Indian journal of veterinary science and animal husbandry - Volume 2,
Year: 1932
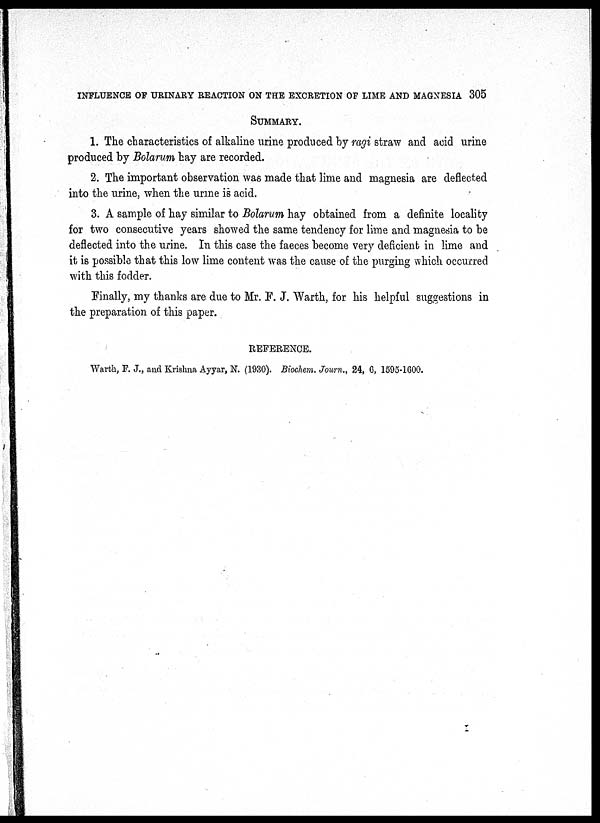
INFLUENCE OF URINARY REACTION ON THE EXCRETION OF LIME AND MAGNESIA 305
SUMMARY.
1. The characteristics of alkaline urine produced by ragi straw and acid urine
produced by Bolarum hay are recorded.
2. The important observation was made that lime and magnesia are deflected
into the urine, when the urine is acid.
3. A sample of hay similar to Bolarum hay obtained from a definite locality
for two consecutive years showed the same tendency for lime and magnesia to be
deflected into the urine. In this case the faeces become very deficient in lime and
it is possible that this low lime content was the cause of the purging which occurred
with this fodder.
Finally, my thanks are due to Mr. F. J. Warth, for his helpful suggestions in
the preparation of this paper.
REFERENCE.
Warth, F. J., and Krishna Ayyar, N. (1930). Biochem. Journ., 24, 6, 1595-1600.